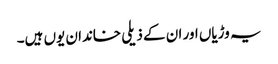
یہ وڑیاں اور ان کے ذیلی خاندان یوں ہیں۔